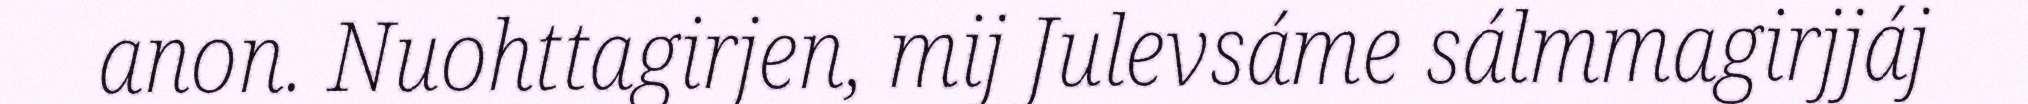
anon. Nuohttagirjen, mij Julevsáme sálmmagirjjáj